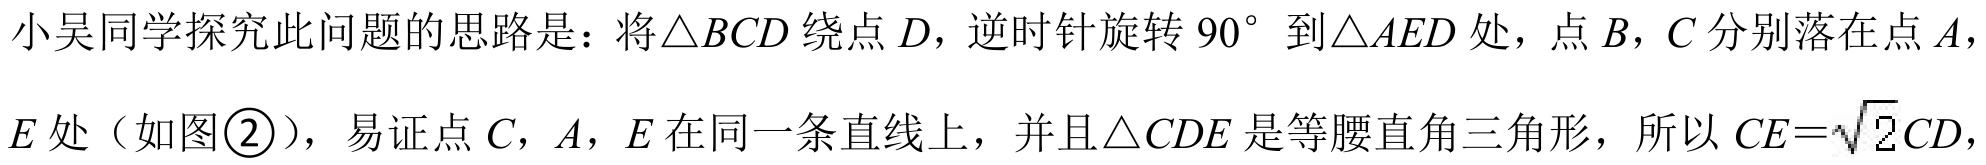
小吴同学探究此问题的思路是：将\(\triangle BCD\)绕点\(D\)，逆时针旋转\(90^{\circ}\)到\(\triangle AED\)处，点\(B\)，\(C\)分别落在点\(A\)，
\(E\)处（如图\textcircled{2}），易证点\(C\)，\(A\)，\(E\)在同一条直线上，并且\(\triangle CDE\)是等腰直角三角形，所以\(CE = \sqrt{2}CD\)，